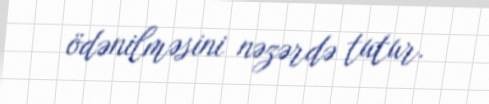
ödənilməsini nəzərdə tutur.